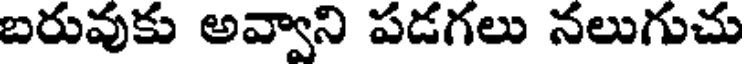
బరువుకు అవ్వాని పడగలు నలుగుచు